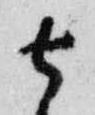
去